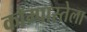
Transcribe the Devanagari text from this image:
कॉम्पास्तेला